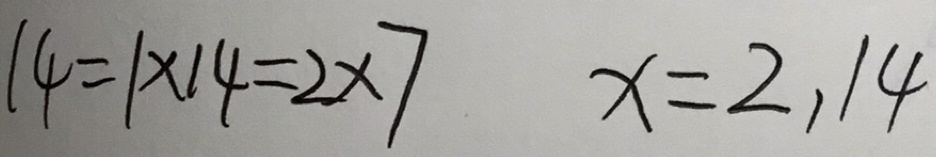
1 4 = 1 \times 1 4 = 2 \times 7 x = 2 , 1 4